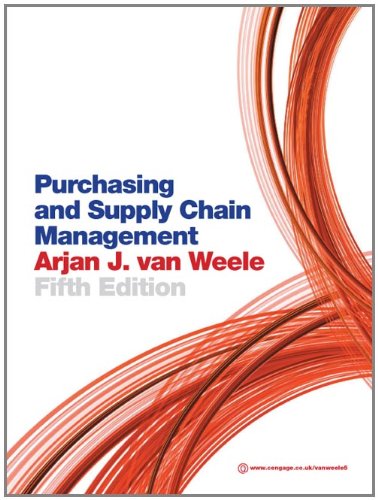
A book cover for Purchasing and Supply Chain Management: Analysis, Strategy, Planning and Practice; Arjan J. van Weele; Business & Money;